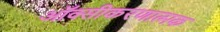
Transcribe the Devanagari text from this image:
ऑक्सीकरणात्मक